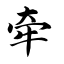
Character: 牵